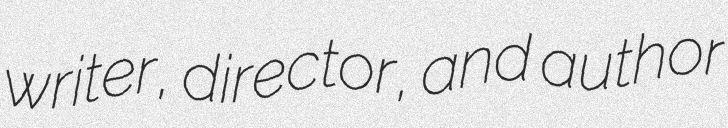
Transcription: writer, director, and author